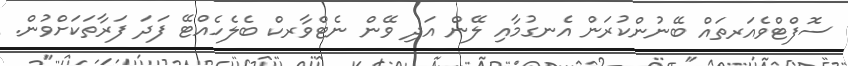
ސޮފްޓްވެއަރތައް ބޭނުންކުރަން އެނގުމާއި ލޭން އަދި ވޭން ނެޓްވާރކް ބެލެހެއްޓޭ ފަދަ ފަރާތަކަށްވުން.